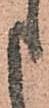
申